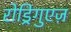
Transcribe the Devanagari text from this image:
रोड्रिगुएज़